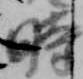
時